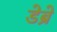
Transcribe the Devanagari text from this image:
डेब्रे